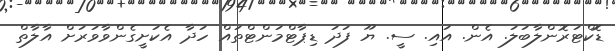
ޑޮކްޓަރޮންލާބަލަ. އެން. އައި. ސީ. ޔޫ ފަދަ ޑިޕާޓްމަންޓްތައް ހަދާ އެކަށީގެންވާވަރަށް އާލާތް